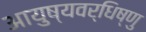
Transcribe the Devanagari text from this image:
आयुष्यवर्धिष्णु